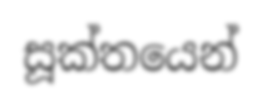
සූක්තයෙන්